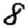
Digit: 8